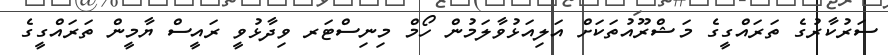
ސަރުކާރުގެ ތަރައްގީގެ މަޝްރޫއުތަކަށް އަލިއަޅުވާލަމުން ހޯމް މިނިސްޓަރ ވިދާޅުވީ ރައީސް ޔާމީން ތަރައްގީގެ